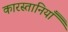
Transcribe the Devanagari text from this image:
कारस्तानियाँ